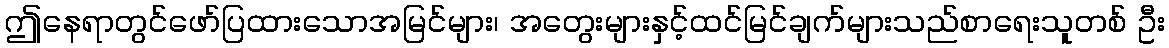
ဤနေရာတွင်ဖော်ပြထားသောအမြင်များ၊ အတွေးများနှင့်ထင်မြင်ချက်များသည်စာရေးသူတစ် ဦး